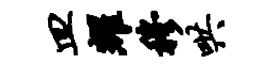
皿耀穆哄